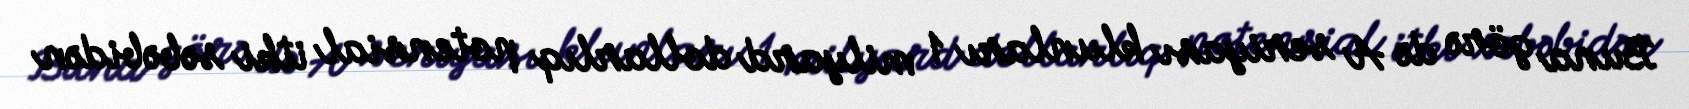
Buna görə də A seriyası klunları 1 milyard dollarlıq potensial itki səbəbidən